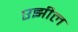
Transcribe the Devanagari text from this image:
एझील